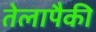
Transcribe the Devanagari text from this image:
तेलापैकी